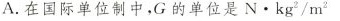
A. 在国际单位制中，G 的单位是 N · kg^{2} / m^{2}